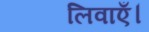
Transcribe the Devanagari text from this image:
लिवाएँ।